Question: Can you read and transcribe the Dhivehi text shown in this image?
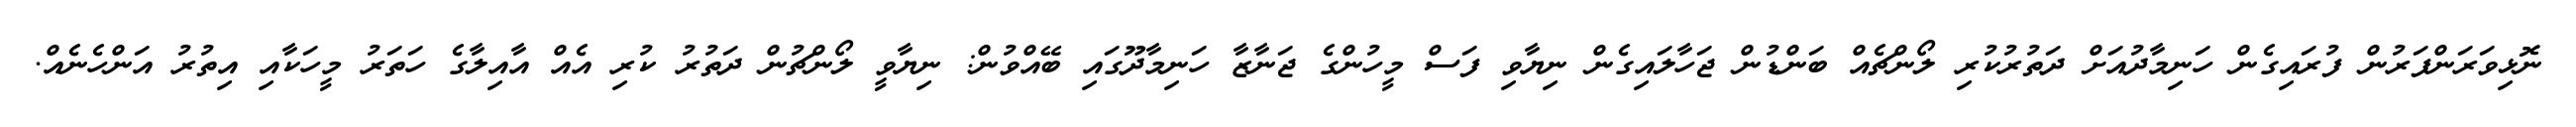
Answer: ނޮޅިވަރަންފަރުން ފުރައިގެން ހަނިމާދުއަށް ދަތުރުކުރި ލޯންޗެއް ބަންޑުން ޖަހާލައިގެން ނިޔާވި ފަސް މީހުންގެ ޖަނާޒާ ހަނިމާދޫގައި ބޭއްވުން: ނިޔާވީ ލޯންޗުން ދަތުރު ކުރި އެއް އާއިލާގެ ހަތަރު މީހަކާއި އިތުރު އަންހެނެއް.